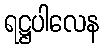
ရဋ္ဌပါလေန